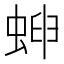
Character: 𧌫